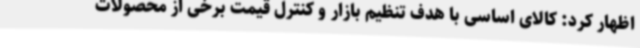
اظهار کرد: کالای اساسی با هدف تنظیم بازار و کنترل قیمت برخی از محصولات